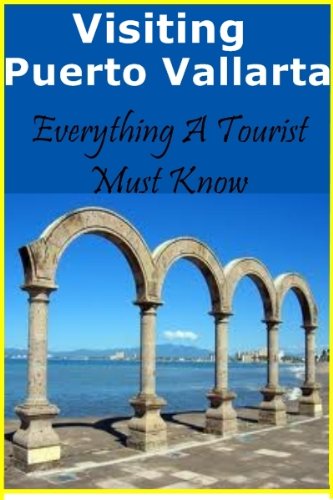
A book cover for Visiting Puerto Vallarta - Everything A Tourist Must Know; Adam Snyder; Travel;